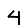
Digit: 4